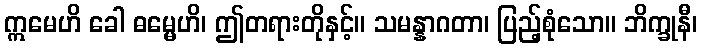
ဣမေဟိ ခေါ ဓမ္မေဟိ၊ ဤတရားတိုနှင့်။ သမန္နာဂတာ၊ ပြည့်စုံသော။ ဘိက္ခုနီ၊